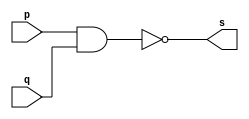
// Exercicio01 - nand 
// Nome: Samuel Eusbio da Silva

// nand gate

	module nandgate (output s, input p, input q);
	assign s = (~(p&q));
	endmodule //--nand
	
	//--test nadgate
	
	module testnandgate;
	
	reg a,b;
	wire s;
	
	nandgate NAND1 (s, a, b);
	
	initial begin:start
	a=0;b=0;
	end
	
	initial begin:main
	$display("Exercicio01 - Samuel Eusbio da Silva - 435055"); 
	$display("Test nand gate");
	$display("\n (~(a&b))= s\n");
	a=0; b=0;
	#1 $display("%b ~& %b = %b", a, b, s);
	a=0; b=1;
	#1 $display("%b ~& %b = %b", a, b, s);
	a=1; b=0;
	#1 $display("%b ~& %b = %b", a, b, s);
	a=1; b=1;
	#1 $display("%b ~& %b = %b", a, b, s);
	end
	endmodule //--testnandgate